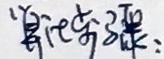
步骤